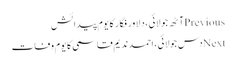
Previousآٹھ جولائی، دلاور فگار کا یومِ پیدائش
Nextدس جولائی، احمد ندیم قاسمی کا یومِ وفات